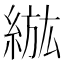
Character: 𦁷